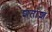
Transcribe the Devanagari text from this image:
शतांशः